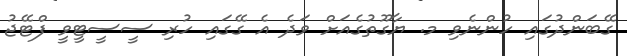
ގޭބަންދުގައި ހުންނެވި މ. ޔާގޫތުގެއަށް ވަދެ އެ ގޭގައި ހުރި ސީސީޓީވީ ފްޓޭޖު